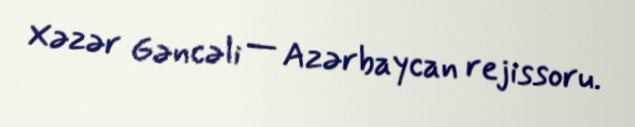
Xəzər Gəncəli — Azərbaycan rejissoru.